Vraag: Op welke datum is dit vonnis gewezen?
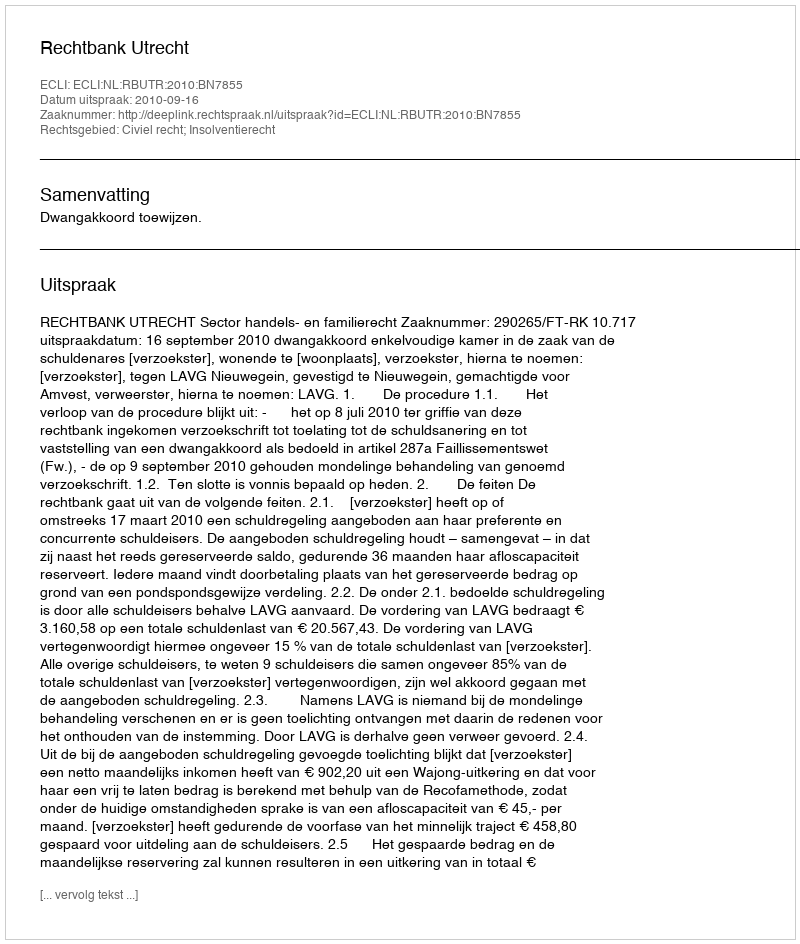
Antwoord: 2010-09-16